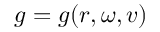
g = g ( r , \omega , \boldsymbol { v } )